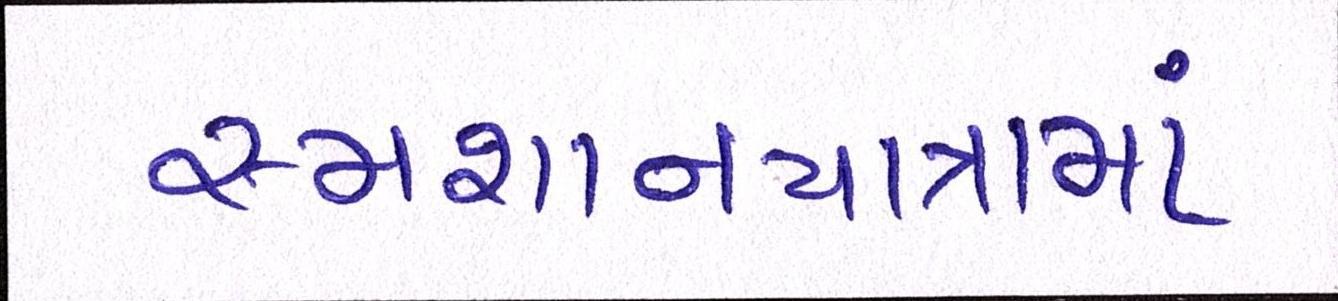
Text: સ્મશાનયાત્રામાં